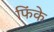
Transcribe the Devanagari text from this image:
फिंके